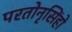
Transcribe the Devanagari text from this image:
परतोनृसिंहो